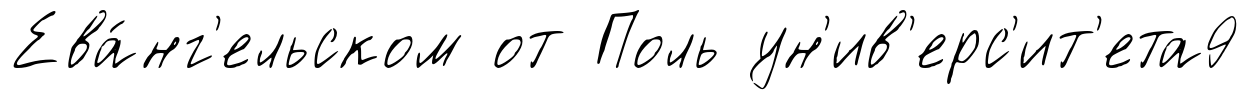
Ева́нг'ельском от Поль ун'ив'ерс'ит'ета9